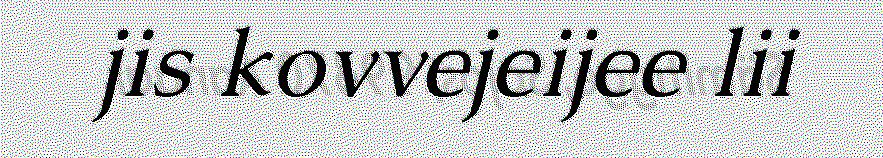
jis kovvejeijee lii